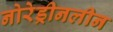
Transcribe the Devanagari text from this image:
नोरेड्रीनलीन